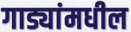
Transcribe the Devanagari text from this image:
गाड्यांमधील